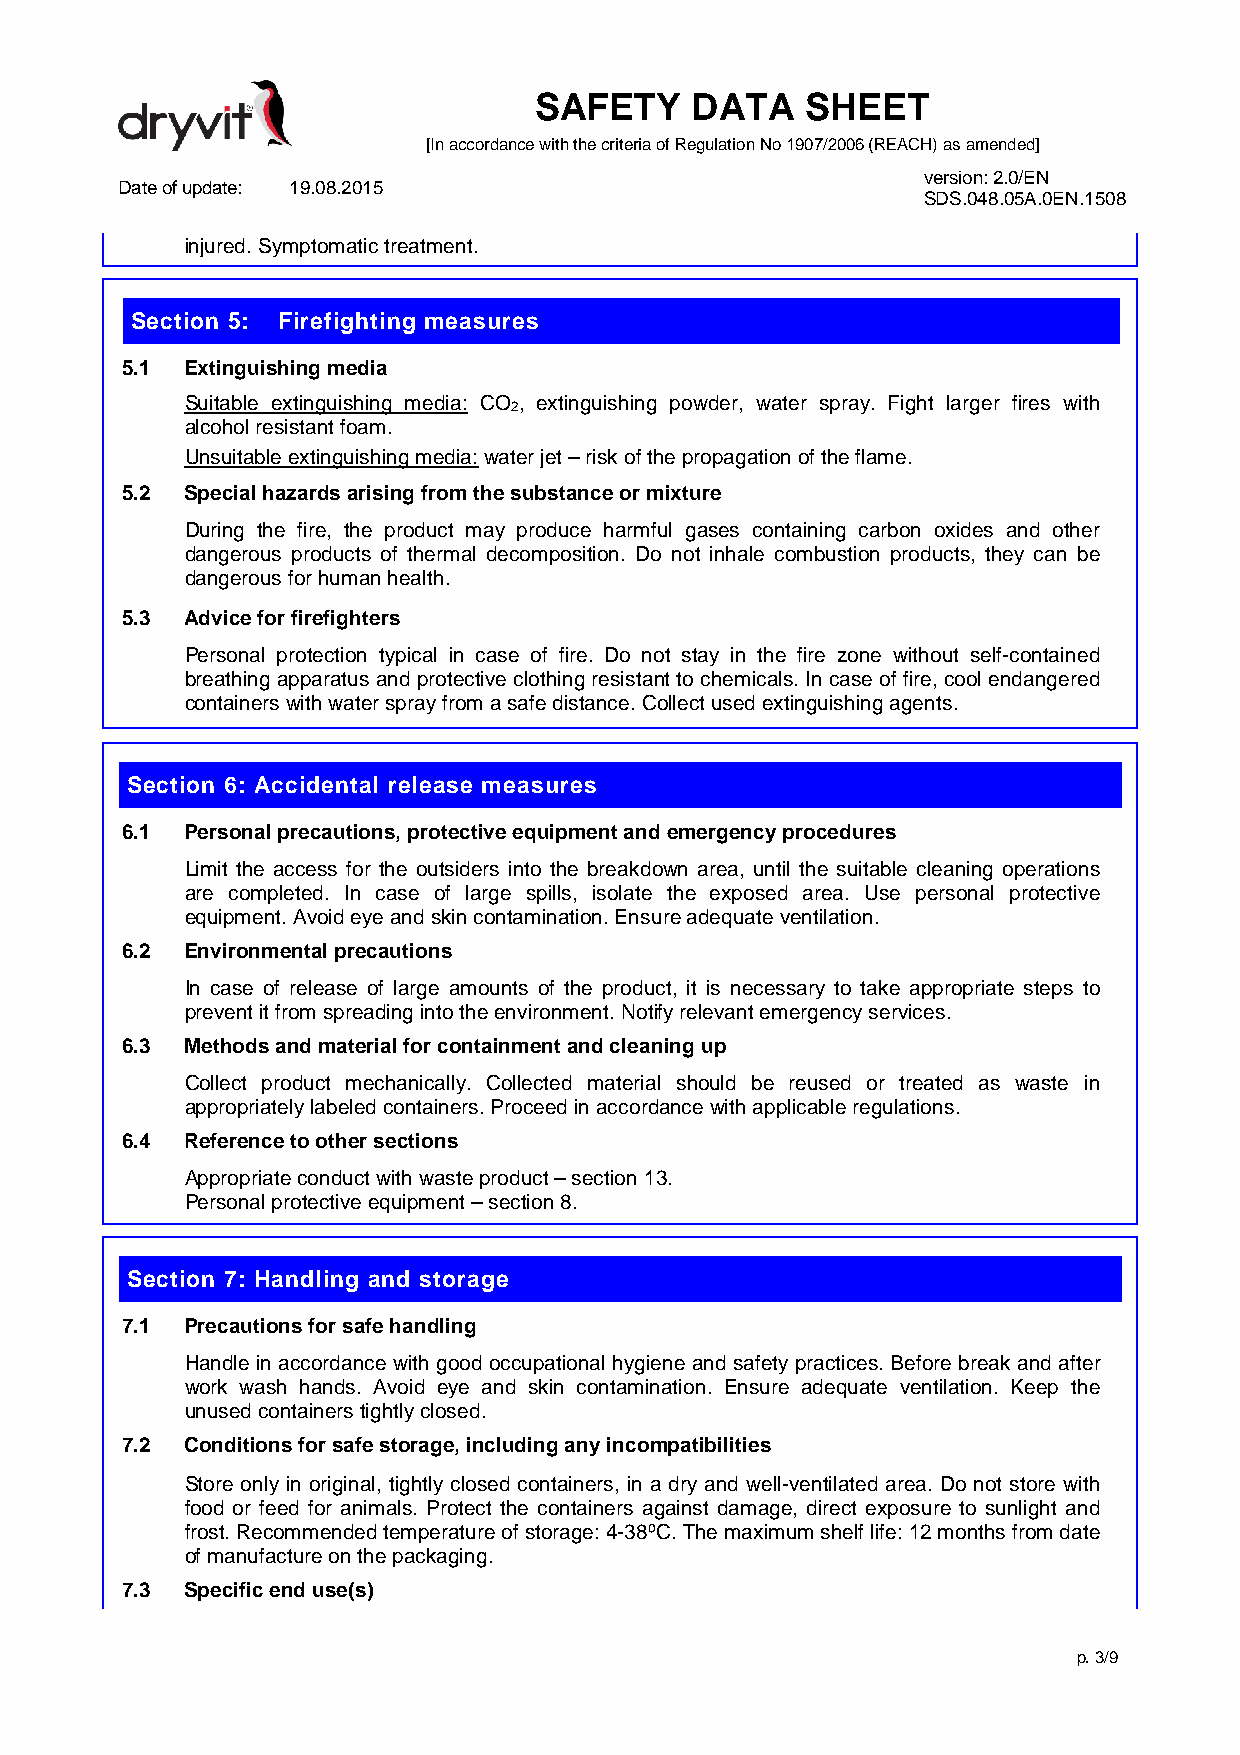
SAFETY     DATA   SHEET
 [In accordance with the criteria of Regulation No 1907/2006 (REACH) as amended]
 version: 2.0/EN
 Date of update: 19.08.2015
 SDS.048.05A.0EN.1508
 injured. Symptomatic treatment.
 Section 5: Firefighting measures
 5.1 Extinguishing media
 Suitable extinguishing media: CO , extinguishing powder, water spray. Fight larger fires with
 2
 alcohol resistant foam.
 Unsuitable extinguishing media: water jet – risk of the propagation of the flame.
 5.2 Special hazards arising from the substance or mixture
 During the fire, the product may produce harmful gases containing carbon oxides and other
 dangerous products of thermal decomposition. Do not inhale combustion products, they can be
 dangerous for human health.
 5.3 Advice for firefighters
 Personal protection typical in case of fire. Do not stay in the fire zone without self-contained
 breathing apparatus and protective clothing resistant to chemicals. In case of fire, cool endangered
 containers with water spray from a safe distance. Collect used extinguishing agents.
 Section 6: Accidental release measures
 6.1 Personal precautions, protective equipment and emergency procedures
 Limit the access for the outsiders into the breakdown area, until the suitable cleaning operations
 are completed. In case of large spills, isolate the exposed area. Use personal protective
 equipment. Avoid eye and skin contamination. Ensure adequate ventilation.
 6.2 Environmental precautions
 In case of release of large amounts of the product, it is necessary to take appropriate steps to
 prevent it from spreading into the environment. Notify relevant emergency services.
 6.3 Methods and material for containment and cleaning up
 Collect product mechanically. Collected material should be reused or treated as waste in
 appropriately labeled containers. Proceed in accordance with applicable regulations.
 6.4 Reference to other sections
 Appropriate conduct with waste product – section 13.
 Personal protective equipment – section 8.
 Section 7: Handling and storage
 7.1 Precautions for safe handling
 Handle in accordance with good occupational hygiene and safety practices. Before break and after
 work wash hands. Avoid eye and skin contamination. Ensure adequate ventilation. Keep the
 unused containers tightly closed.
 7.2 Conditions for safe storage, including any incompatibilities
 Store only in original, tightly closed containers, in a dry and well-ventilated area. Do not store with
 food or feed for animals. Protect the containers against damage, direct exposure to sunlight and
 frost. Recommended temperature of storage: 4-38ºC. The maximum shelf life: 12 months from date
 of manufacture on the packaging.
 7.3 Specific end use(s)
 p. 3/9